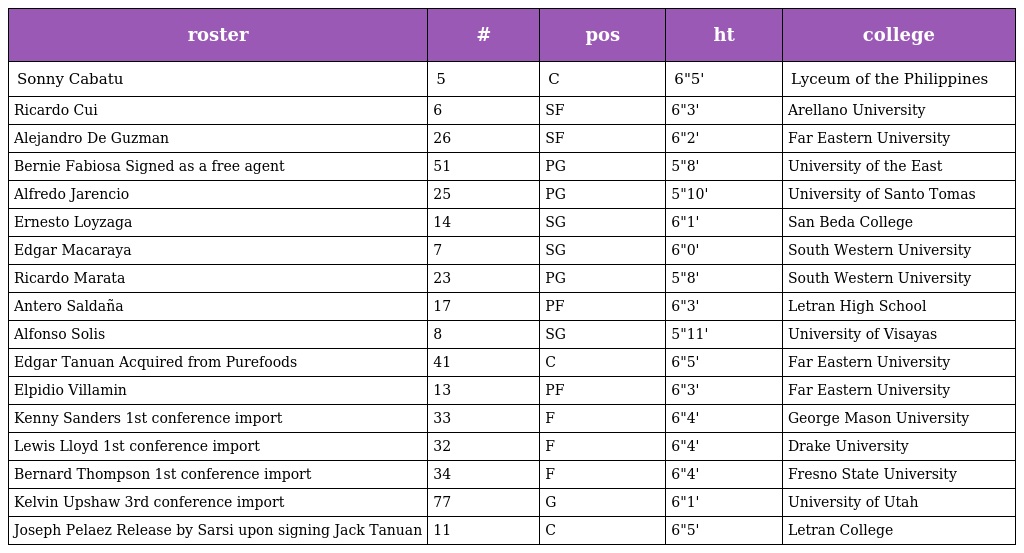
| roster | # | pos | ht | college |
 | --- | --- | --- | --- | --- |
 | Sonny Cabatu | 5 | C | 6"5' | Lyceum of the Philippines |
 | Ricardo Cui | 6 | SF | 6"3' | Arellano University |
 | Alejandro De Guzman | 26 | SF | 6"2' | Far Eastern University |
 | Bernie Fabiosa Signed as a free agent | 51 | PG | 5"8' | University of the East |
 | Alfredo Jarencio | 25 | PG | 5"10' | University of Santo Tomas |
 | Ernesto Loyzaga | 14 | SG | 6"1' | San Beda College |
 | Edgar Macaraya | 7 | SG | 6"0' | South Western University |
 | Ricardo Marata | 23 | PG | 5"8' | South Western University |
 | Antero Saldaña | 17 | PF | 6"3' | Letran High School |
 | Alfonso Solis | 8 | SG | 5"11' | University of Visayas |
 | Edgar Tanuan Acquired from Purefoods | 41 | C | 6"5' | Far Eastern University |
 | Elpidio Villamin | 13 | PF | 6"3' | Far Eastern University |
 | Kenny Sanders 1st conference import | 33 | F | 6"4' | George Mason University |
 | Lewis Lloyd 1st conference import | 32 | F | 6"4' | Drake University |
 | Bernard Thompson 1st conference import | 34 | F | 6"4' | Fresno State University |
 | Kelvin Upshaw 3rd conference import | 77 | G | 6"1' | University of Utah |
 | Joseph Pelaez Release by Sarsi upon signing Jack Tanuan | 11 | C | 6"5' | Letran College |